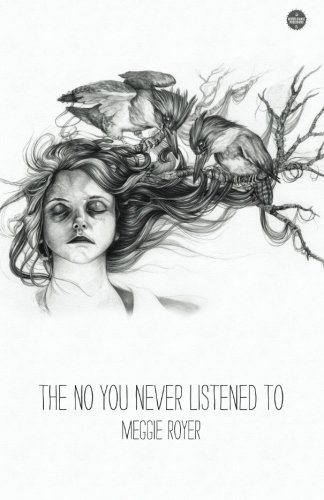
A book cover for The No You Never Listened To; Meggie Royer; Literature & Fiction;